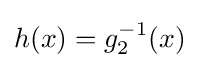
h(x)=g_{2}^{-1}(x)